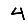
Digit: 4